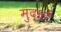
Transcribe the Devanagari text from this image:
मुद्धों